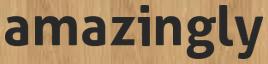
amazingly